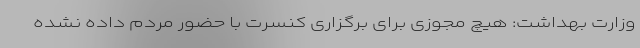
وزارت بهداشت: هیچ مجوزی برای برگزاری کنسرت با حضور مردم داده نشده